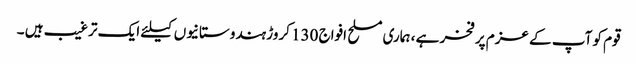
قوم کو آپ کے عزم پر فخر ہے ، ہماری مسلح افواج 130 کروڑ ہندوستانیوں کیلئے ایک ترغیب ہیں ۔